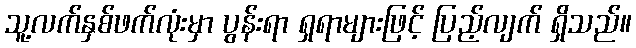
သူ့လက်နှစ်ဖက်လုံးမှာ ပွန်းရာ ရှရာများဖြင့် ပြည့်လျက် ရှိသည်။